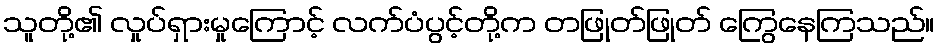
သူတို့၏ လှုပ်ရှားမှုကြောင့် လက်ပံပွင့်တို့က တဖြုတ်ဖြုတ် ကြွေနေကြသည်။